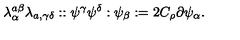
\lambda _ { \alpha } ^ { a \beta } \lambda _ { a , \gamma \delta } : : \psi ^ { \gamma } \psi ^ { \delta } : \psi _ { \beta } : = 2 C _ { \rho } \partial \psi _ { \alpha } .